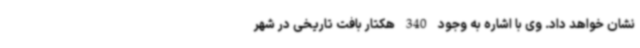
نشان خواهد داد. وی با اشاره به وجود 340 هکتار بافت تاریخی در شهر